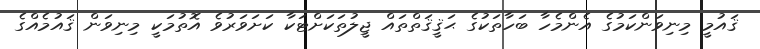
ޤައުމީ މިނިވަންކަމުގެ އެންމެހާ ބަހާތަކުގެ ޙަޤީޤަތްތައް ޖީލުތަކަށްޓަކާ ކަށަވަރުވެ އޮތުމަކީ މިނިވަން ޤައުމެއްގެ